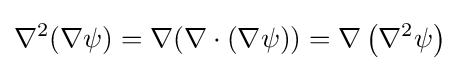
\nabla ^{2}(\nabla \psi )=\nabla (\nabla \cdot (\nabla \psi ))=\nabla \left(\nabla ^{2}\psi \right)